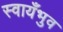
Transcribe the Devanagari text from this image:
स्वायँभुव